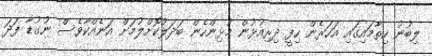
ލިބުނު ހިތާމައިގައި އަހަރެން ހިފީ ދިރިއުޅުން މުޅިންހެން ބަދަލުކޮށްލުމަށް އަނެއްކާވެސް ނުގުޑާ ފަދަ